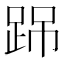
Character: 𨀽